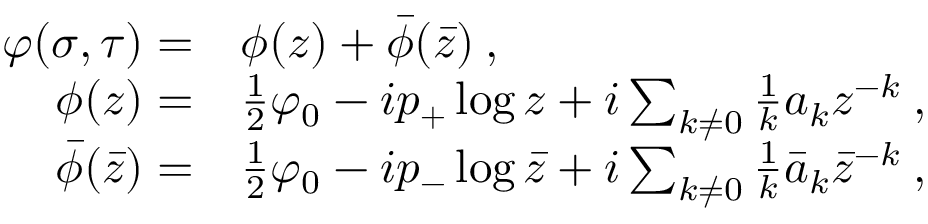
\begin{array} { r l } { { \displaystyle \varphi ( \sigma , \tau ) = } } & { { \phi ( z ) + \bar { \phi } ( \bar { z } ) \: , } } \\ { { \phi ( z ) = } } & { { \frac { 1 } { 2 } \varphi _ { 0 } - i p _ { + } \log z + i \sum _ { k \neq 0 } \frac { 1 } { k } a _ { k } z ^ { - k } \: , } } \\ { { \bar { \phi } ( \bar { z } ) = } } & { { \frac { 1 } { 2 } \varphi _ { 0 } - i p _ { - } \log \bar { z } + i \sum _ { k \neq 0 } \frac { 1 } { k } \bar { a } _ { k } \bar { z } ^ { - k } \: , } } \end{array}